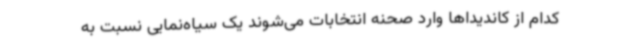
کدام از کاندیداها وارد صحنه انتخابات می‌شوند یک سیاه‌نمایی نسبت به